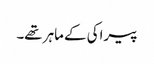
پیراکی کے ماہر تھے۔